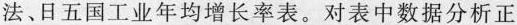
法、日五国工业年均增长率表。对表中数据分析正